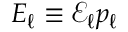
E _ { \ell } \equiv \mathcal { E } _ { \ell } p _ { \ell }